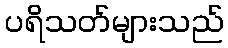
ပရိသတ်များသည်